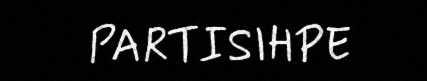
PARTISIHPE